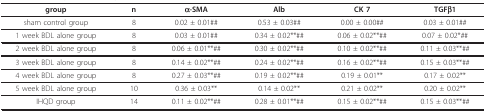
<table><thead><tr><td><b>group</b></td><td><b>n</b></td><td><b>α-SMA</b></td><td><b>Alb</b></td><td><b>CK 7</b></td><td><b>TGFβ1</b></td></tr></thead><tbody><tr><td>sham control group</td><td>8</td><td>0.02 ± 0.01##</td><td>0.53 ± 0.03##</td><td>0.00 ± 0.00##</td><td>0.03 ± 0.01##</td></tr><tr><td>1 week BDL alone group</td><td>8</td><td>0.03 ± 0.01##</td><td>0.34 ± 0.02**##</td><td>0.06 ± 0.02**##</td><td>0.07 ± 0.02*##</td></tr><tr><td>2 week BDL alone group</td><td>8</td><td>0.06 ± 0.01**##</td><td>0.30 ± 0.02**##</td><td>0.10 ± 0.02**##</td><td>0.11 ± 0.03**##</td></tr><tr><td>3 week BDL alone group</td><td>8</td><td>0.14 ± 0.02**##</td><td>0.24 ± 0.02**##</td><td>0.16 ± 0.02**##</td><td>0.15 ± 0.03**##</td></tr><tr><td>4 week BDL alone group</td><td>8</td><td>0.27 ± 0.03**##</td><td>0.19 ± 0.02**##</td><td>0.19 ± 0.01**</td><td>0.17 ± 0.02**</td></tr><tr><td>5 week BDL alone group</td><td>10</td><td>0.36 ± 0.03**</td><td>0.14 ± 0.02**</td><td>0.21 ± 0.02**</td><td>0.20 ± 0.02**</td></tr><tr><td>IHQD group</td><td>14</td><td>0.11 ± 0.02**##</td><td>0.28 ± 0.01**##</td><td>0.15 ± 0.02**##</td><td>0.15 ± 0.03**##</td></tr></tbody></table>